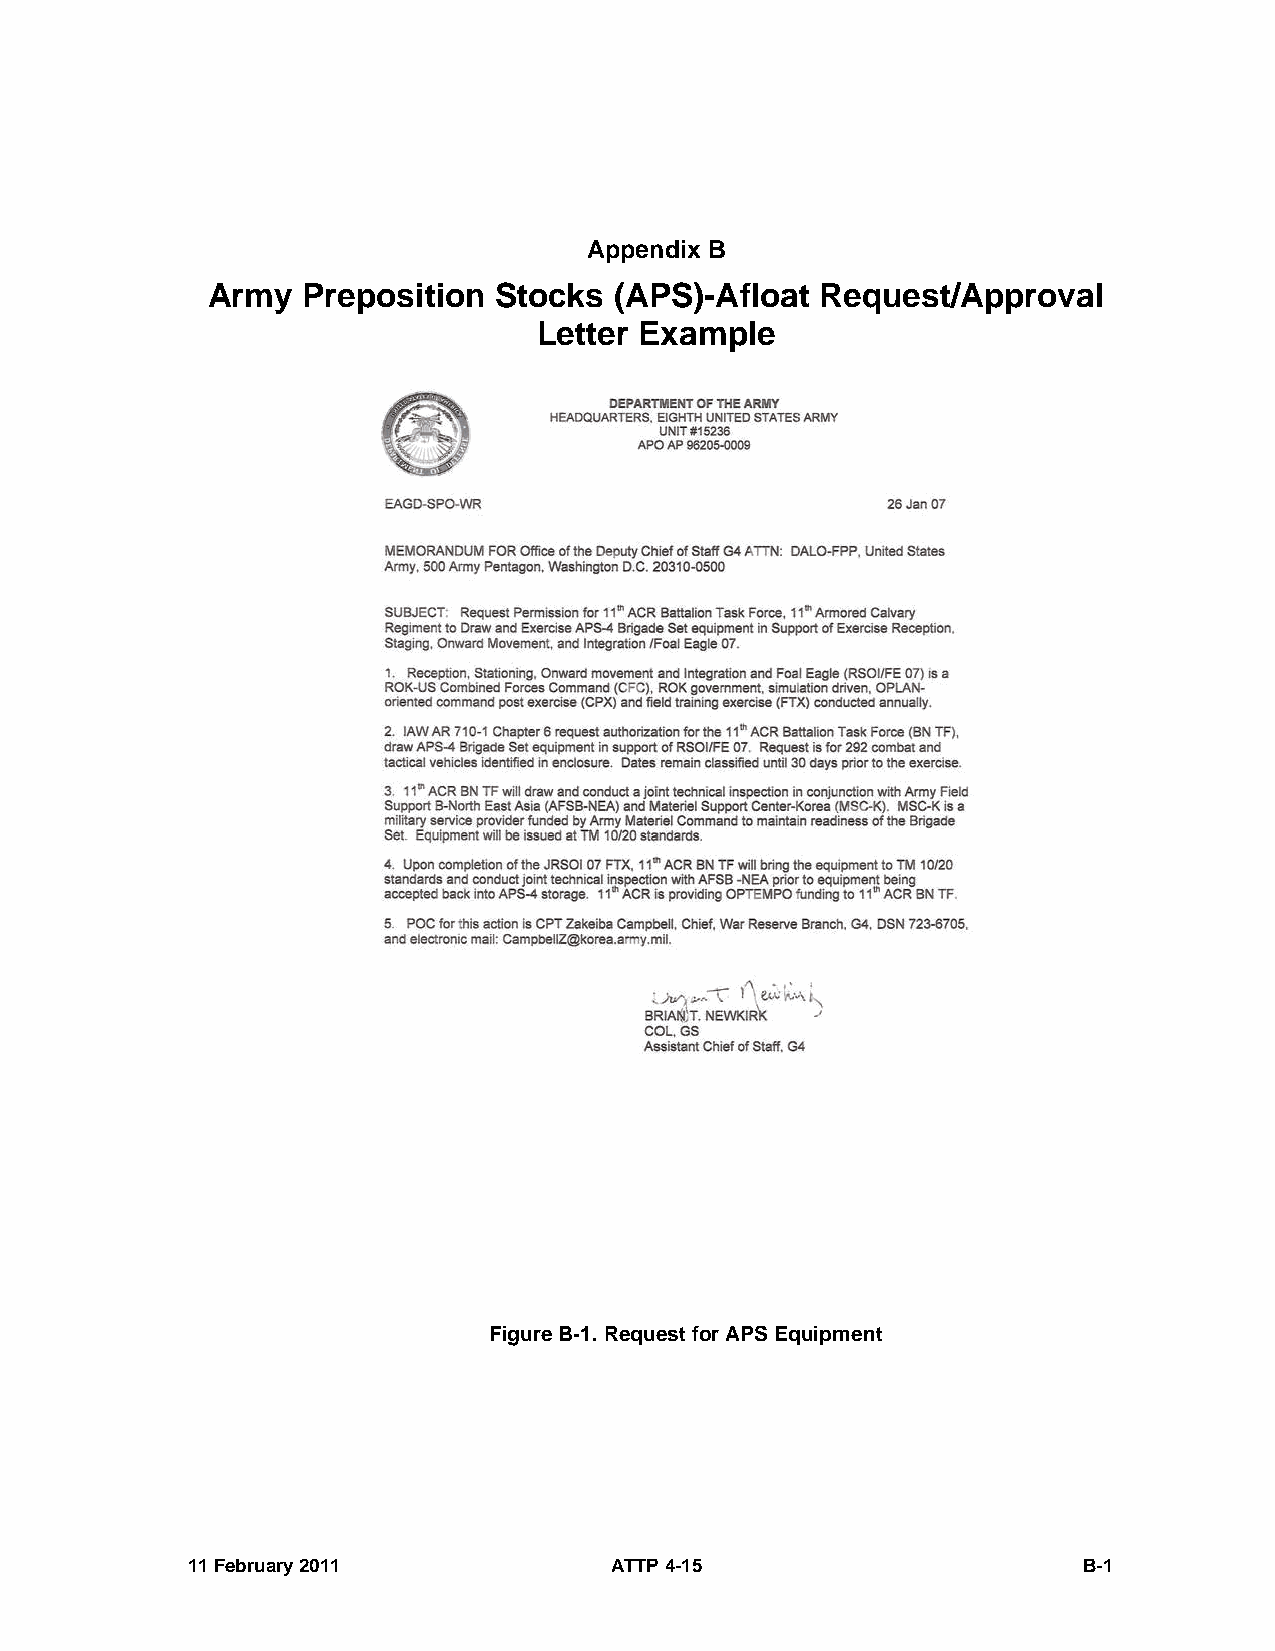
Appendix B
 Army  Preposition  Stocks  (APS)-Afloat Request/Approval
 Letter Example
 Figure B-1. Request for APS Equipment
 11 February 2011            ATTP 4-15                       B-1